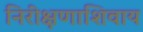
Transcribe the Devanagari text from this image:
निरीक्षणाशिवाय